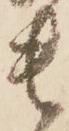
貴